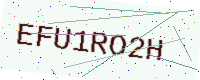
Text: EFU1RO2H